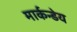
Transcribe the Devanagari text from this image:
मार्कन्डेय